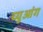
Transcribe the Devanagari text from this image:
च्युआंग